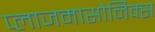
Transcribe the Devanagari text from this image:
प्लाजमासोनिक्स